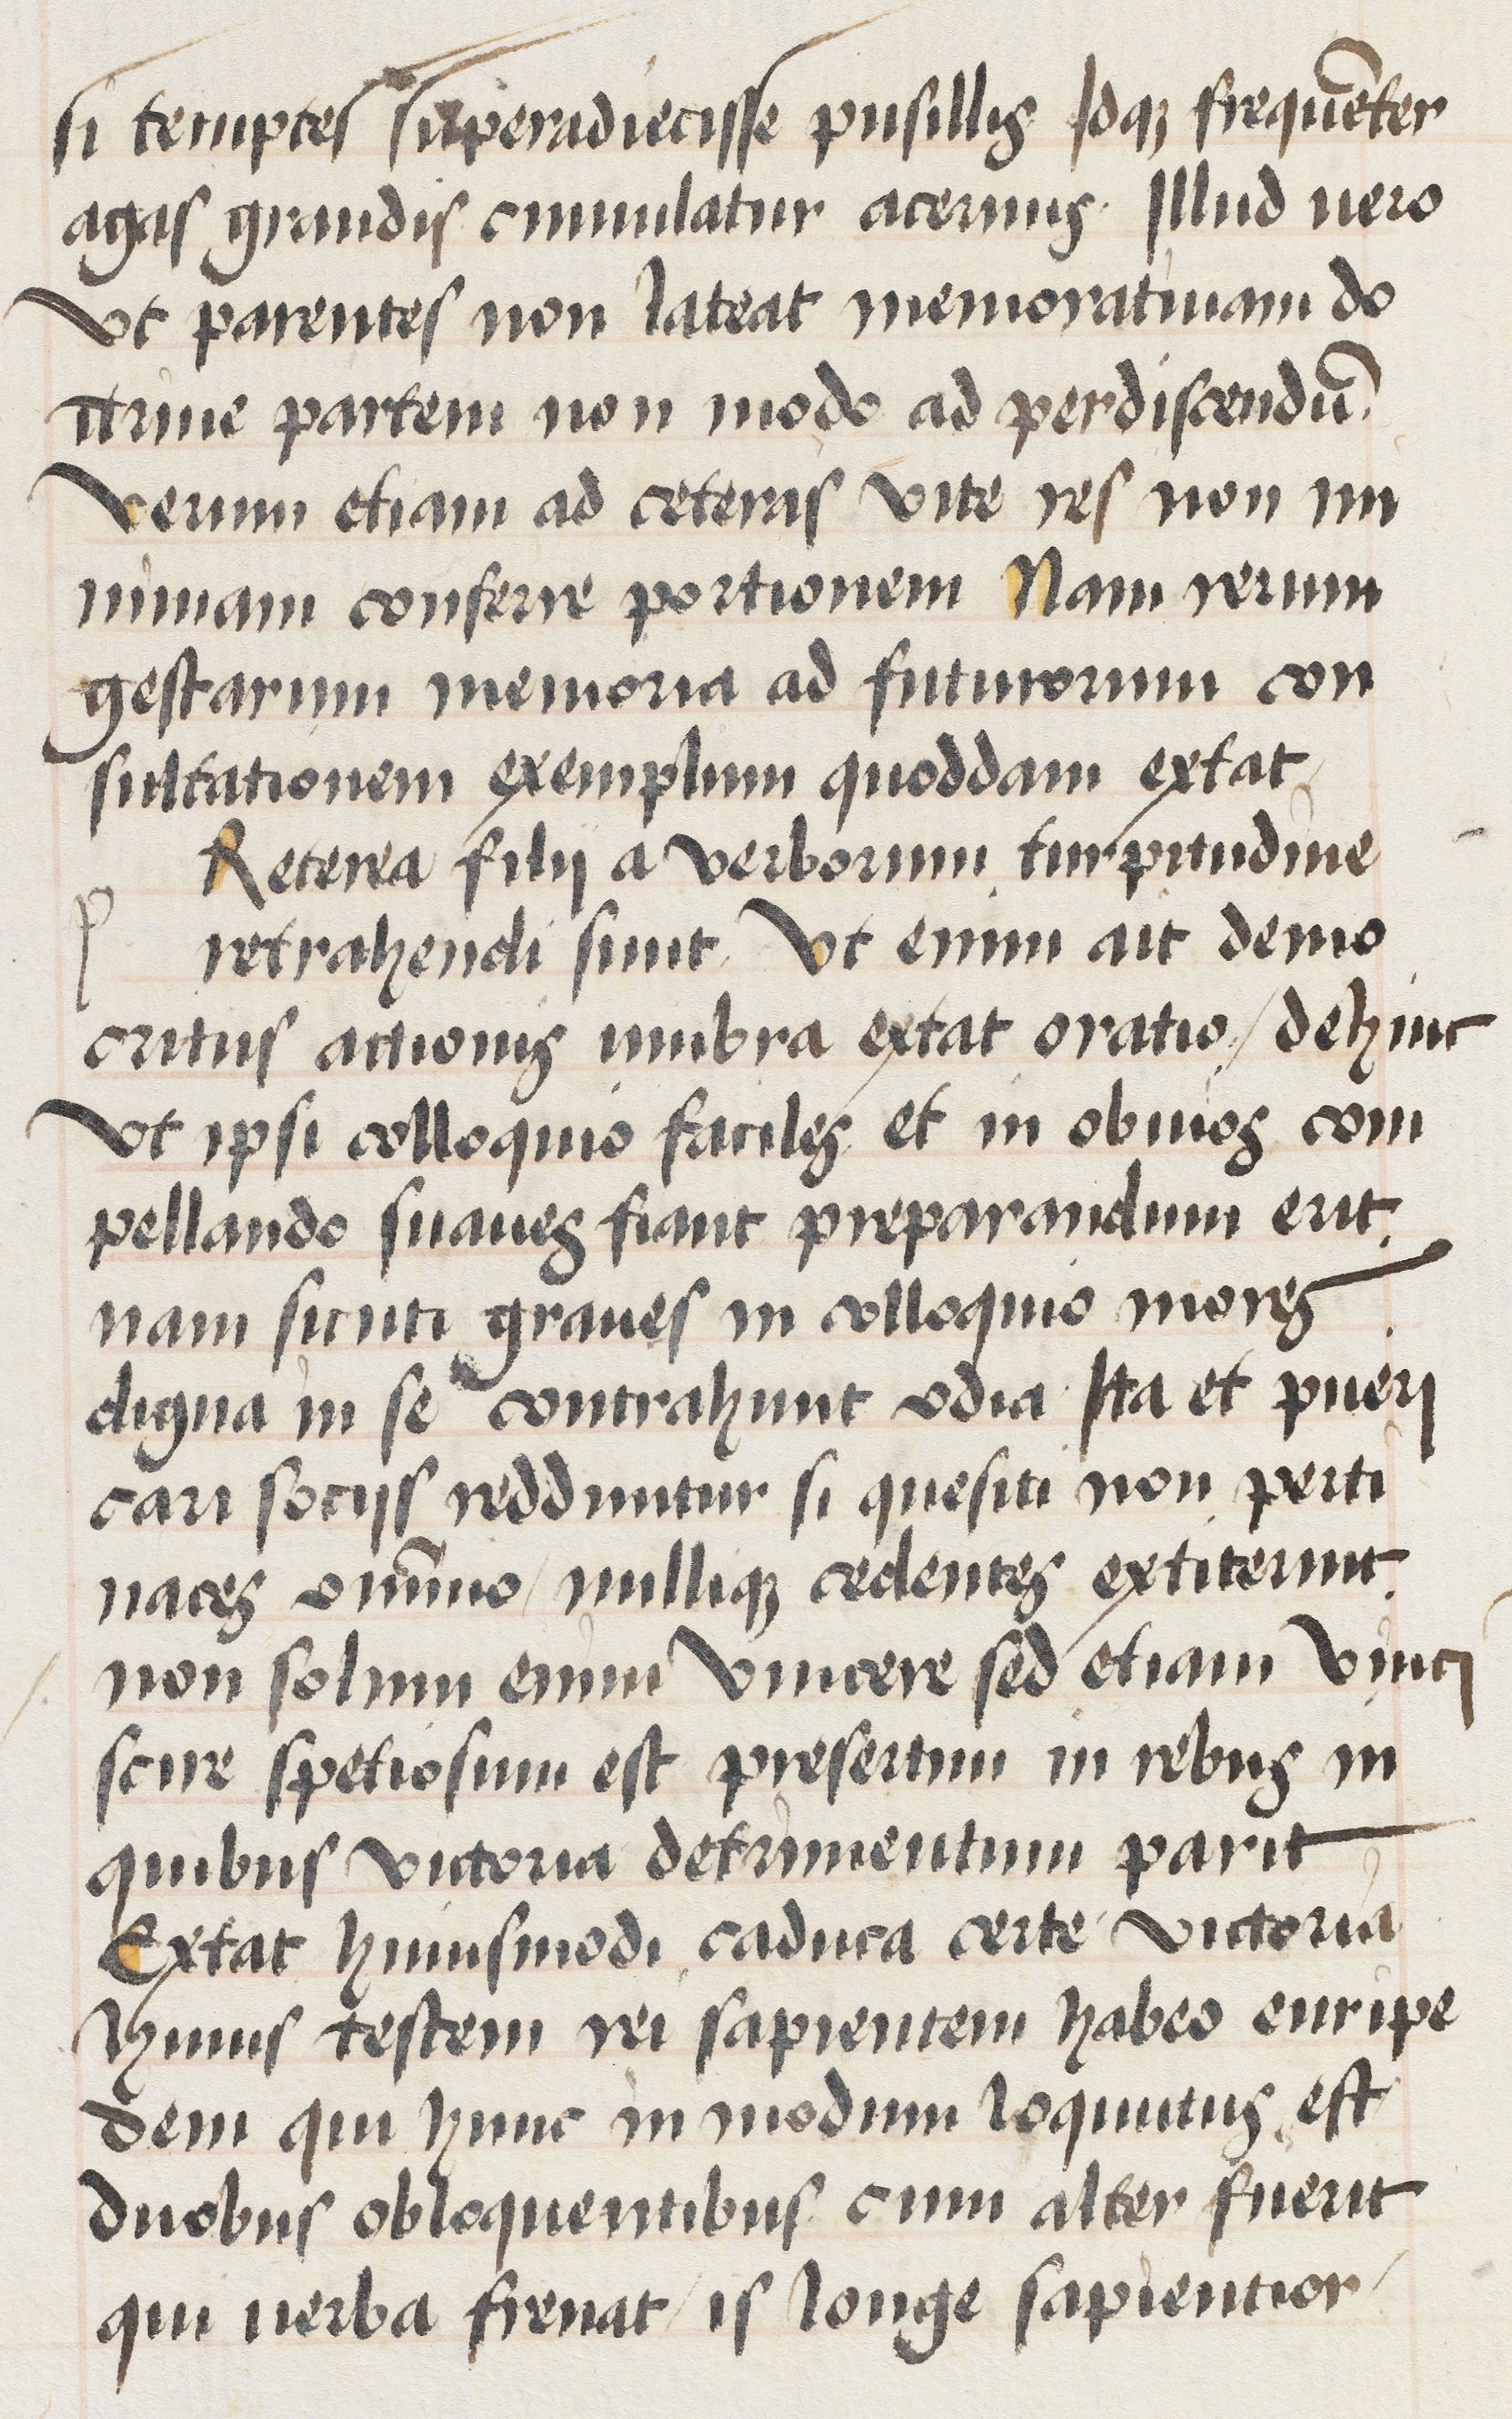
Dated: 1470–1488